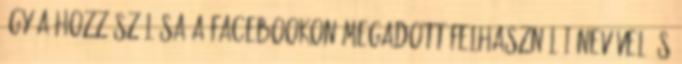
Így a hozzászólása a Facebookon megadott felhasználói nevével és